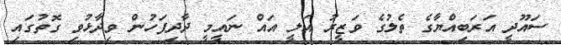
ސައޫދީ އަރަބިއްޔާގެ ތެލުގެ ވަޒީރު އަލީ އައް ނައީމީ ދާދިފަހުން ވިދާޅުވި ގޮތުގައި